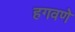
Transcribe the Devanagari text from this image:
हगवणे